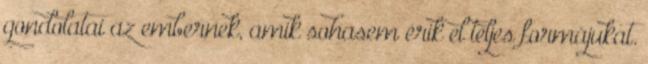
gondolatai az embernek, amik sohasem érik el teljes formájukat.